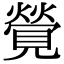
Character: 覮